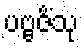
ပဗ္ဗဇိံသု